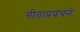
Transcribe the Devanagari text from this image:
गीताप्रवचने